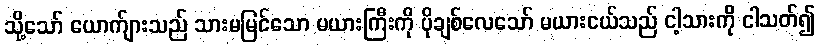
သို့သော် ယောက်ျားသည် သားမမြင်သော မယားကြီးကို ပိုချစ်လေသော် မယားငယ်သည် ငါ့သားကို ငါသတ်၍